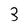
Character: 3